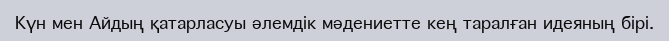
Күн мен Айдың қатарласуы әлемдік мәдениетте кең таралған идеяның бірі.